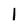
Character: I